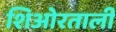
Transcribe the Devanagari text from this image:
शिओरताली